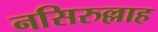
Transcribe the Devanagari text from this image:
नसिरुल्लाह